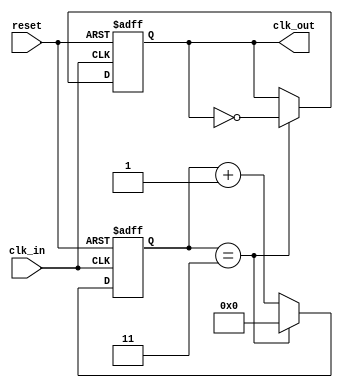
module ClockDivider #(
    parameter N = 4  // Division factor, can be adjusted at instantiation
)(
    input wire clk_in,    // Input clock signal
    input wire reset,     // Asynchronous reset signal
    output reg clk_out    // Output divided clock signal
);

    reg [31:0] counter;   // Internal counter to track clock cycles

    // Always block for clock division logic
    always @(posedge clk_in or posedge reset) begin
        if (reset) begin
            counter <= 0;  // Reset the counter
            clk_out <= 0;  // Set output clock to known state
        end else begin
            if (counter == (N - 1)) begin
                counter <= 0;          // Reset the counter
                clk_out <= ~clk_out;   // Toggle output clock
            end else begin
                counter <= counter + 1; // Increment the counter
            end
        end
    end

endmodule